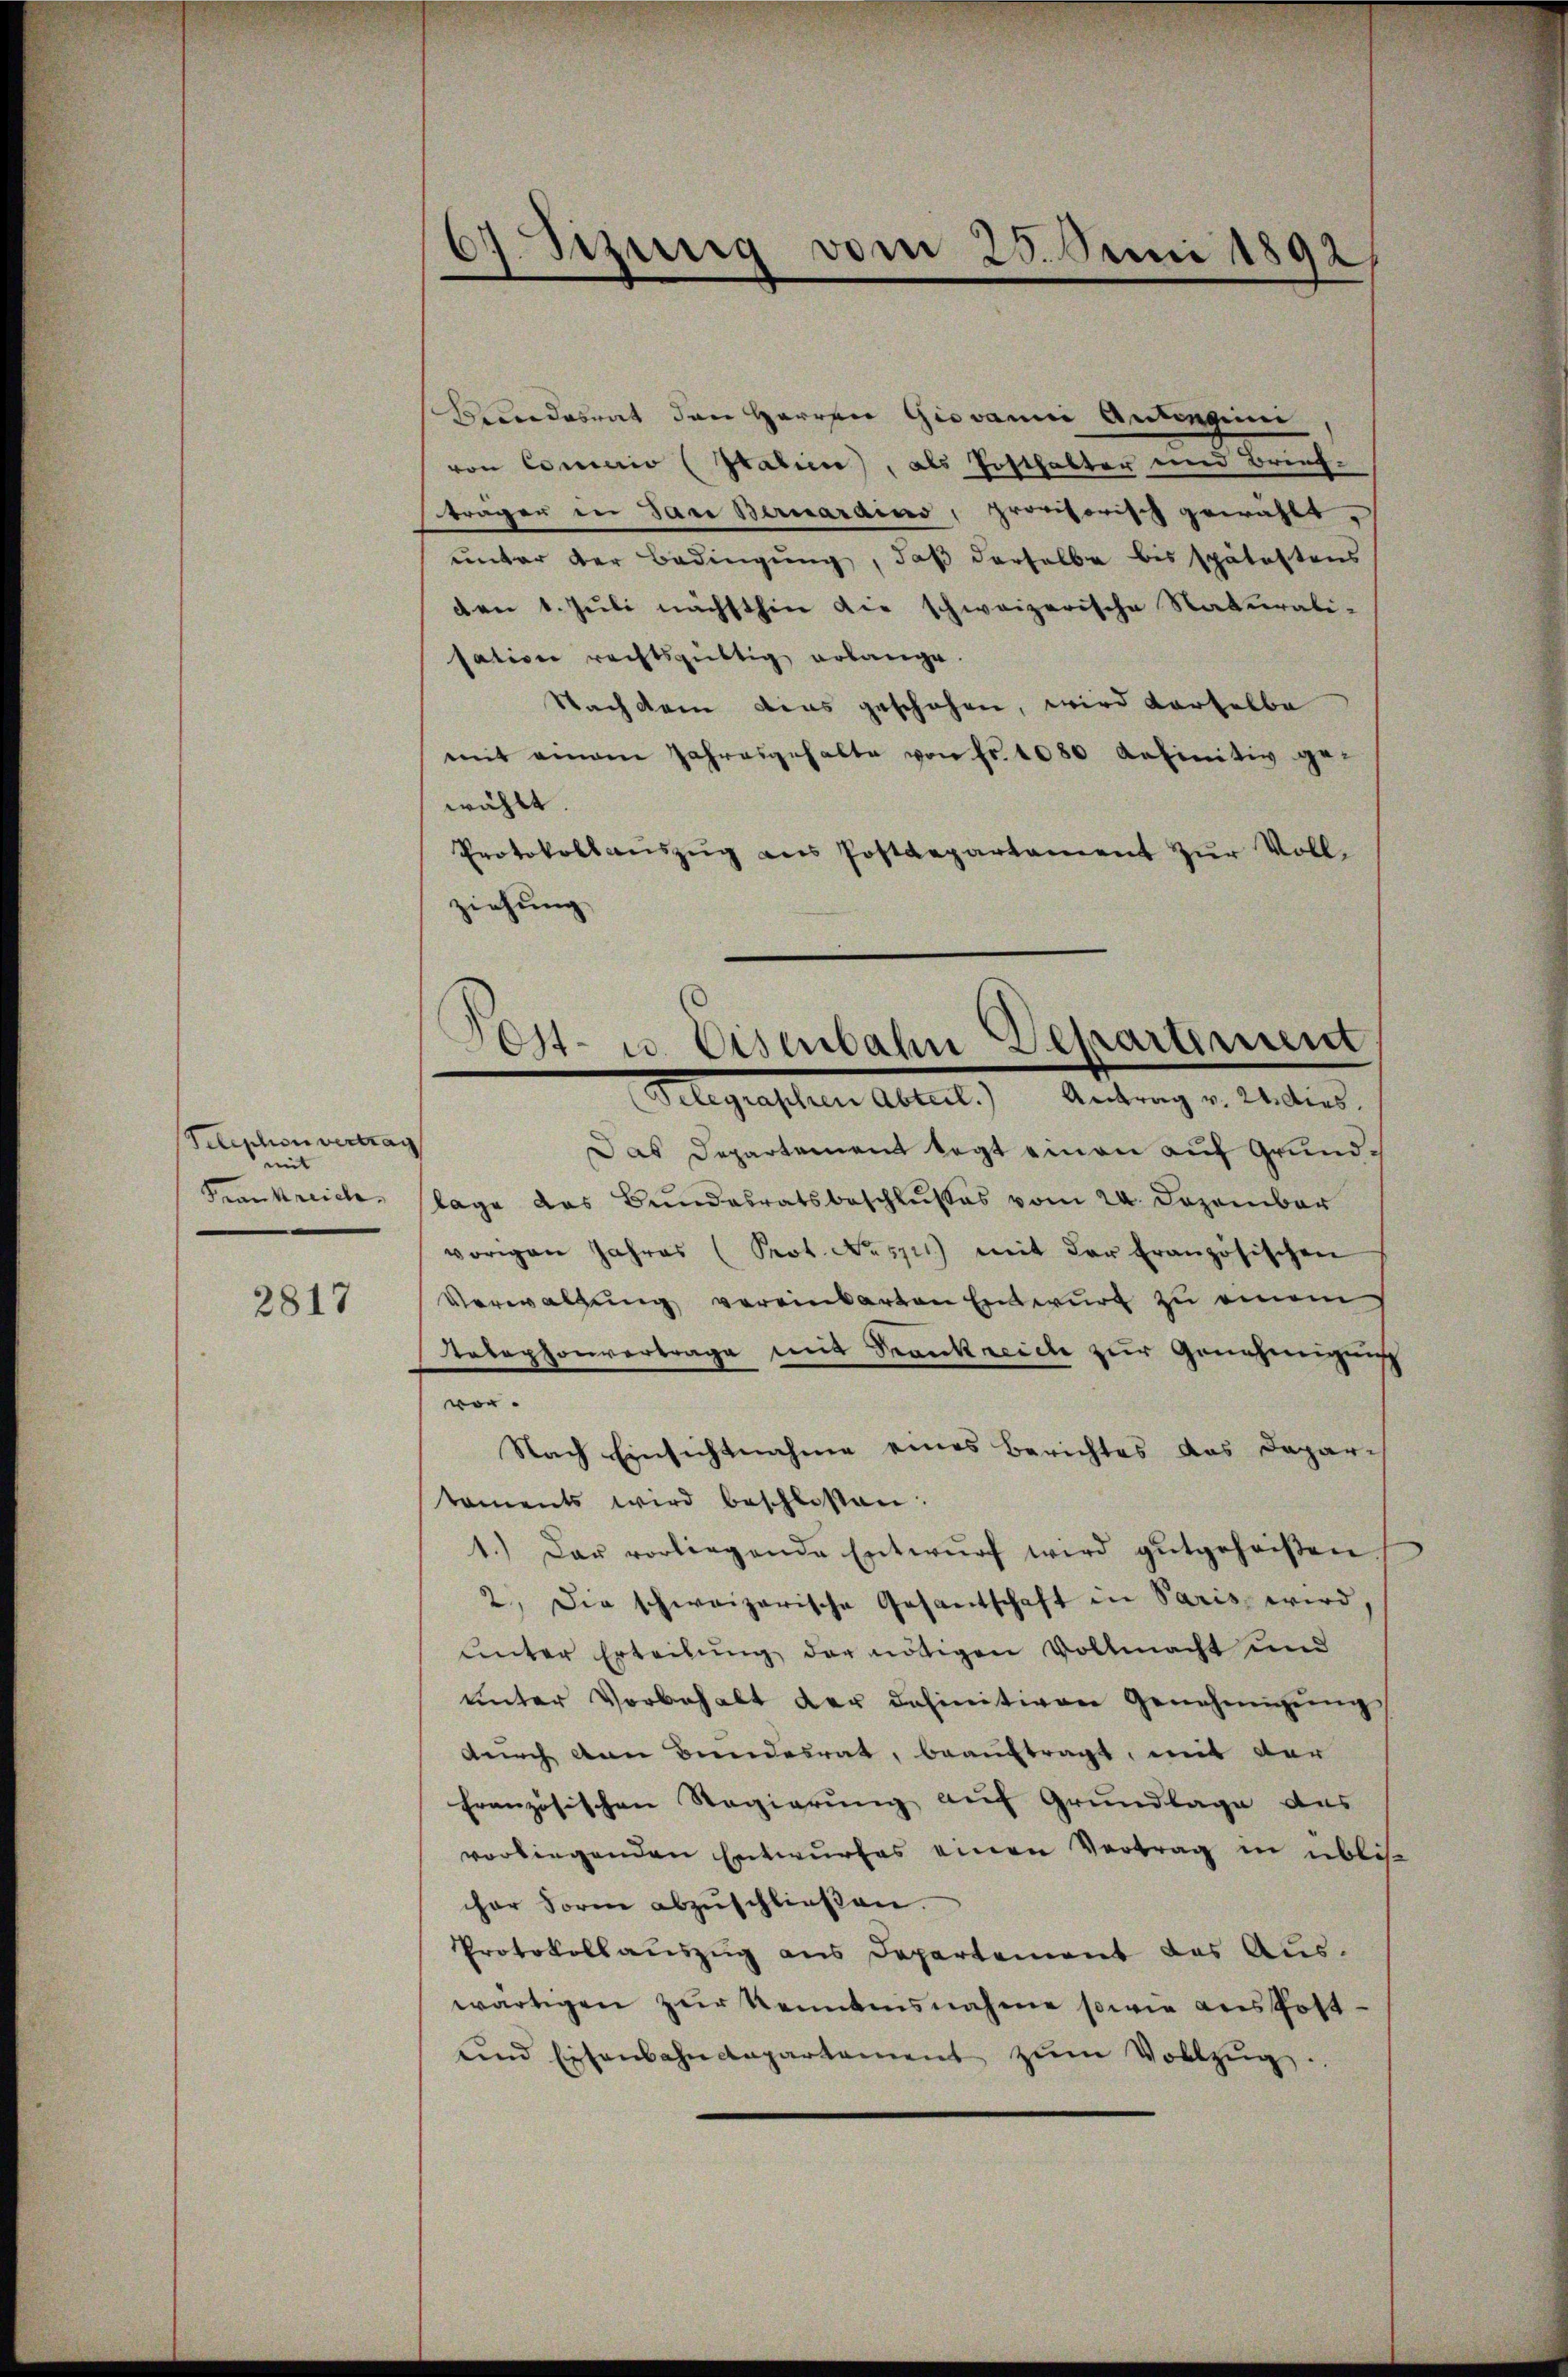
Telephon vertrag
mit
Frankreiche

2817

Bundesrat den Herren Giovanni Antingeni
von Concio (Italiene, als Posthalter und Brieftragen in das Bernardino, provisorisch gewählt.
unter der Bedingung, daß derselbe bis spätestens
den 1. Juli nächsthin die schweizerische Naturali-
sation rechtsgültig erlange.
Nachdem dies geschehen, wird derselbe
mit einem Jahresgehalte von Fr. 1080 befinitiv ge-
wählt
Protokollaŭszŭg ans Postdepartament zŭr Voll-
ziehung

6. Seinig vom 25. Juni 1892,

Post- u. Eisenbahn Departement

Gelegenschen Abteil) Antrag v. Mediens.
Das Departement legt einen auf Grundlage das Bundesratsbeschlußes vom 24. Dezember
vorigen Jahres (Prot. No. 5711) mit der französischen
Verwaltŭng vereinbarten Entwurf zu einem
Telephonvertrage mit Frankreich zur Genehmigung
vor.
Nach Einsichtnahme eines Berichtes das Daparch
taments wird beschlossen:
1.) Das vorliegende Entwŭrf wird gutgeheißen
2. Die schweizerische Gesantschaft in Paris wird,
unter Erteilung der nötigen Vollmacht und
ŭnter Vorbehalt der definitiven Genehmigŭng
durch den Bundesrat, beauftragt, mit der
französischen Regierung auf Grundlage das
vorliegenden Entwŭrfes einen Vertrag in üblis
cher Form abzuschließen.
Protokollauszug aus Departement des Aus-
wärtigen zur Kenntensnahme sowie auskost¬
und Eisenbahndepartament zŭm Vollzŭg.